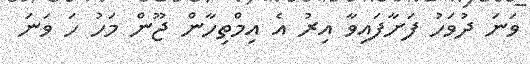
ވަނަ ދުވަހު ފަށާފައިވާ އިރު އެ އިމްތިހާން ޖޫން މަހު ހަ ވަނަ